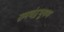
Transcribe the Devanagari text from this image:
रामचंद्रभूषण